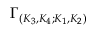
\Gamma _ { ( K _ { 3 } , K _ { 4 } ; K _ { 1 } , K _ { 2 } ) }